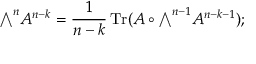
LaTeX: { \textstyle \bigwedge } ^ { n } A ^ { n - k } = { \frac { 1 } { n - k } } \operatorname { T r } ( A \circ { \textstyle \bigwedge } ^ { n - 1 } A ^ { n - k - 1 } ) ;